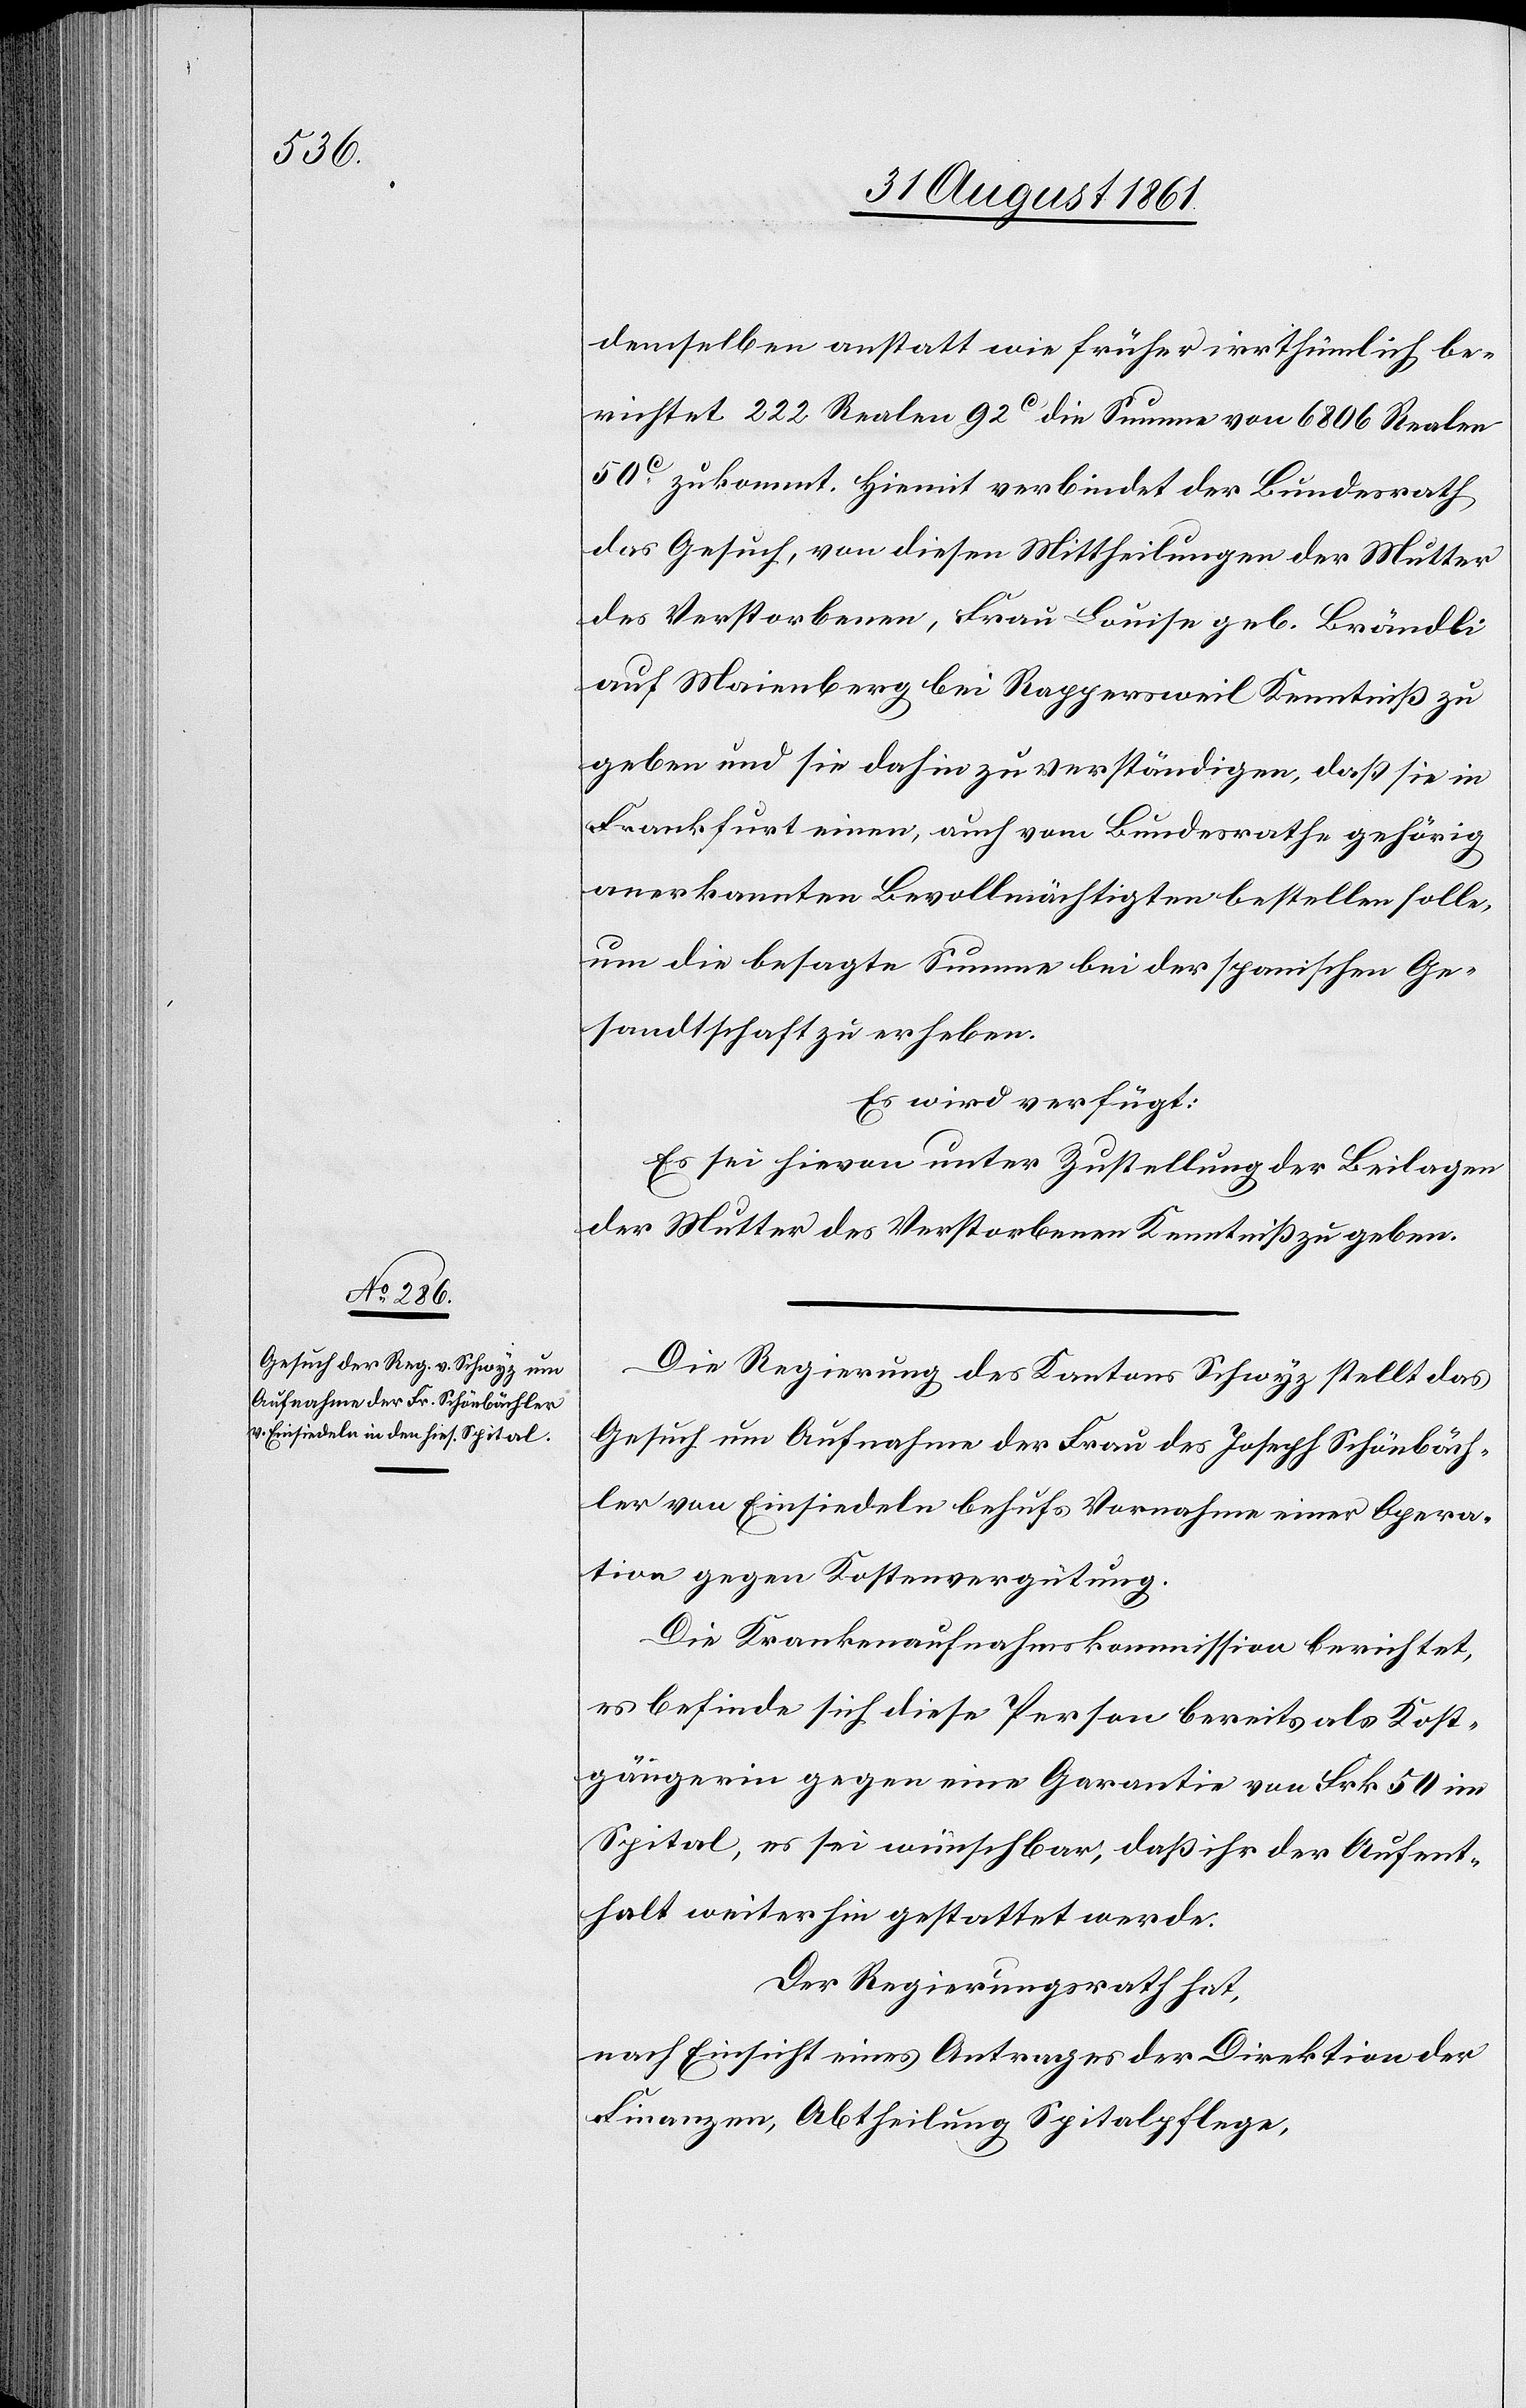
demselben anstatt wie früher irrthümlich be¬
richtet 222 Realen 92c die Summe von 6806 Realen
50c zukommt. Hiemit verbindet der Bundesrath
das Gesuch, von diesen Mittheilungen der Mutter
des Verstorbenen, Frau Louise geb. Brändli
auf Meienberg bei Rappersweil Kenntniß zu
geben und sie dahin zu verständigen, daß sie in
Frankfurt einen, auch vom Bundesrathe gehörig
anerkannten Bevollmächtigten bestellen solle,
um die besagte Summe bei der spanischen Ge¬
sandtschaft zu erheben.
Es wird verfügt:
Es sei hievon unter Zustellung der Beilagen
der Mutter des Verstorbenen Kenntniß zu geben.
Die Regierung des Kantons Schwyz stellt das
Gesuch um Aufnahme der Frau des Joseph Schönbäch¬
ler von Einsiedeln behufs Vornahme einer Opera¬
tion gegen Kostenvergütung.
Die Krankenaufnahmskommission berichtet,
es befinde sich diese Person bereits als Kost¬
gängerin gegen eine Garantie von Frk. 50 im
Spital, es sei wünschbar, daß ihr der Aufent¬
halt weiterhin gestattet werde.
Der Regierungsrath hat,
nach Einsicht eines Antrages der Direktion der
Finanzen, Abtheilung Spitalpflege,